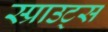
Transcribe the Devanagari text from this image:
स्प्राउट्स